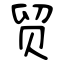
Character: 贸